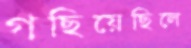
গছিয়েছিলে